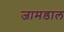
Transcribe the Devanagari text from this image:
जामडाल